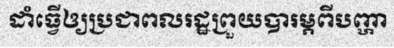
ដាំធ្វើឲ្យប្រជាពលរដ្ឋព្រួយបារម្ភពីបញ្ហា